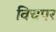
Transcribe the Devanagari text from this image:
विचपर